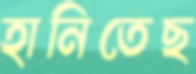
হানিতেছ